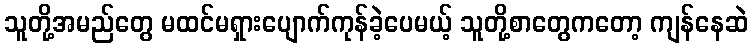
သူတို့အမည်တွေ မထင်မရှားပျောက်ကုန်ခဲ့ပေမယ့် သူတို့စာတွေကတော့ ကျန်နေဆဲ